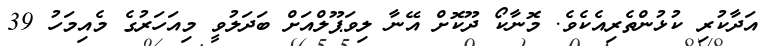
އަދާކުރި ކުޅުންތެރިއެކެވެ. މޮނާކޯ ދޫކޮށް އޭނާ ލިވަޕޫލްއަށް ބަދަލުވީ މިއަހަރުގެ މެއިމަހު 39